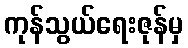
ကုန်သွယ်ရေးဇုန်မှ